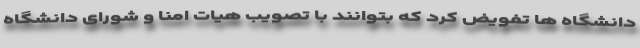
دانشگاه ها تفویض کرد که بتوانند با تصویب هیات امنا و شورای دانشگاه